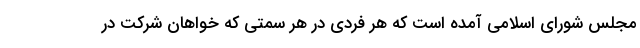
مجلس شورای اسلامی آمده است که هر فردی در هر سمتی که خواهان شرکت در